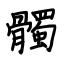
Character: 髑